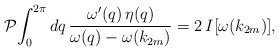
\begin{align*}\mathcal{P} \!\int_0^{2\pi} d q\,\frac{\omega'(q)\,\eta(q)}{\omega(q)-\omega(k_{2m})}=2\,I[\omega(k_{2m})],\end{align*}